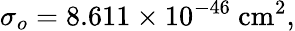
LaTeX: \sigma_{o}=8.611\times 10^{-46}~\mathrm{cm}^{2},